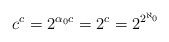
\begin{align*}c^c = 2^{\alpha_0 c} = 2^c = 2^{2^{\aleph_0}} \end{align*}